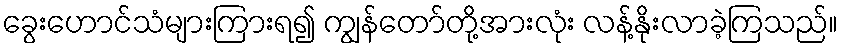
ခွေးဟောင်သံများကြားရ၍ ကျွန်တော်တို့အားလုံး လန့်နိုးလာခဲ့ကြသည်။